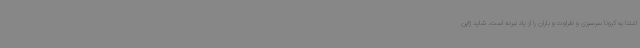
اعتنا به کرونا سرسبزی و طراوت و باران را از یاد نبرده است. شاید ژاپن